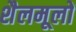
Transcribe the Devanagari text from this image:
शैलमूलों